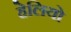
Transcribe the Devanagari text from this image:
हेलियो